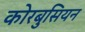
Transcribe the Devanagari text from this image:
कोरबुसियन